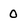
Character: 0